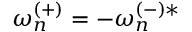
{ \omega _ { n } ^ { ( + ) } } = - \omega _ { n } ^ { ( - ) * }